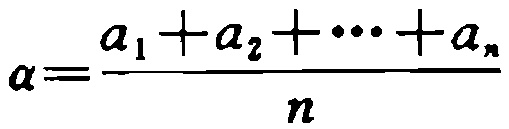
\[\alpha=\frac{a_{1}+a_{2}+\cdots +a_{n}}{n}\]